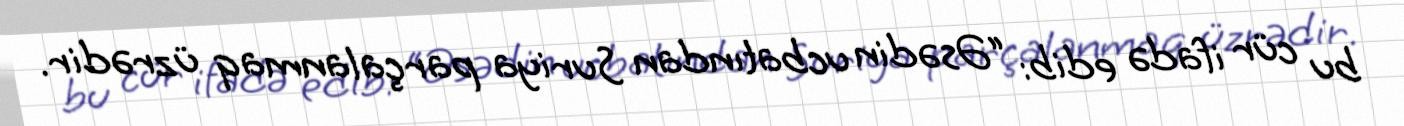
bu cür ifadə edib: “Əsədin ucbatından Suriya parçalanmaq üzrədir.